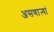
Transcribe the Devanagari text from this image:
असणाऱ्यां